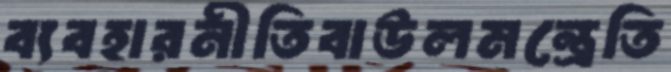
ব্যবহারনীতিবাউলমন্ত্রেতি